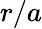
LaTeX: r/a